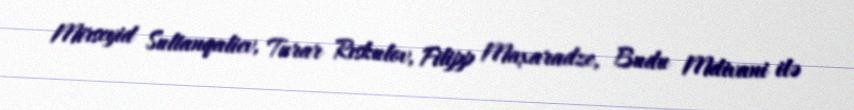
Mirseyid Sultanqaliev, Turar Rıskulov, Filipp Maxaradze, Budu Mdivani ilə